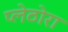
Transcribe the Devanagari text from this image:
प्लेठोरा